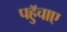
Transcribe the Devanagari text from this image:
पहुॅचाए